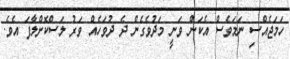
ހަމަޖެއްސި ނަމަވެސް އެކަން ވަނީ މަދުވެގެން ދެ ދުވަހެއް ވަރު ލަސްކޮށްލާފަ އެވެ.